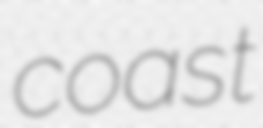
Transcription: coast